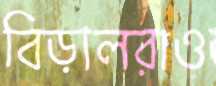
বিড়ালরাও